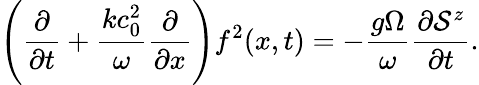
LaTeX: \left(\frac{\partial}{\partial t}+\frac{kc_{0}^{2}}{\omega}\frac{\partial}{\partial x}\right)f^{2}(x,t)=-\frac{g\Omega}{\omega}\frac{\partial\mathcal{S}^{z}}{\partial t}.